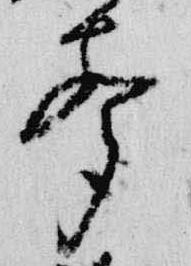
声